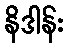
နိဒါန်း